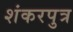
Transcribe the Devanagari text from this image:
शंकरपुत्र